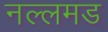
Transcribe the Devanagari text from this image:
नल्लमड